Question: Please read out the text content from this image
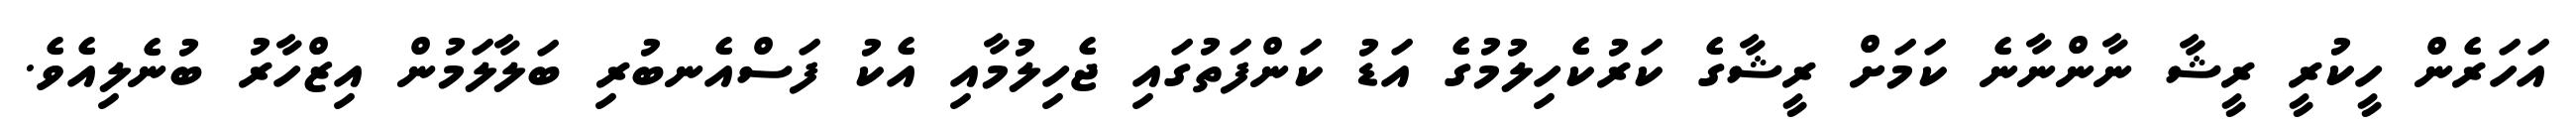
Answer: އަހަރެން ހީކުރީ ރީޝާ ނާންނާނެ ކަމަށް ރީޝާގެ ކަރުކެހިލުމުގެ އަޑު ކަންފަތުގައި ޖެހިލުމާއި އެކު ފަސްއެނބުރި ބަލާލަމުން އިޒްހާރު ބުނެލިއެވެ.